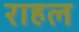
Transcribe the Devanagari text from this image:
राहल